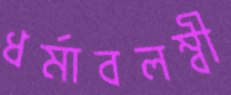
ধর্মাবলম্বী